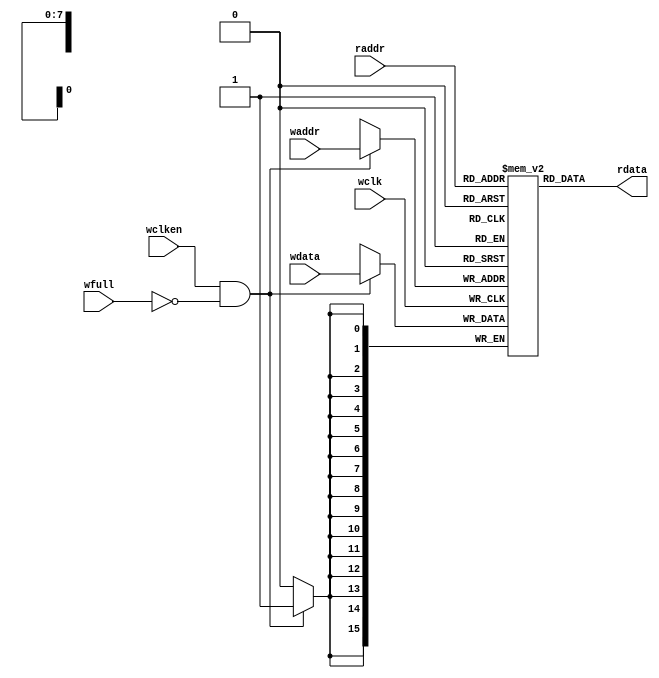
 /*                                                                      
 Copyright 2020 Bryan Lu.
                                                                         
 Licensed under the Apache License, Version 2.0 (the "License");         
 you may not use this file except in compliance with the License.        
 You may obtain a copy of the License at                                 
                                                                         
     http://www.apache.org/licenses/LICENSE-2.0                          
                                                                         
 Unless required by applicable law or agreed to in writing, software    
 distributed under the License is distributed on an "AS IS" BASIS,       
 WITHOUT WARRANTIES OR CONDITIONS OF ANY KIND, either express or implied.
 See the License for the specific language governing permissions and     
 limitations under the License.                                          
 */
 
 //----------------------------------------
 //	Authur:	Bryan Lu
 //	Description: 	
 //		
 //----------------------------------------

module fifomem #(
	parameter	DATA_WIDTH = 16,
	parameter	ADDR_SIZE = 8
)(
	//clock WR domain
	input 	[DATA_WIDTH-1:0]	wdata,
	input 	[ADDR_SIZE-1:0]		waddr,
	input						wclken,
	input						wfull,
	input						wclk,
	//clock RD domain
	input 	[ADDR_SIZE-1:0]		raddr,
	output 	[DATA_WIDTH-1:0]	rdata
);
	
	localparam	DEPTH = 1 << ADDR_SIZE;
	
	reg [DATA_WIDTH-1:0]	mem [0:DEPTH-1];
	
	//fifomem write
	always @(posedge wclk)
	begin
		if(wclken && (!wfull)) begin
			mem[waddr] <= wdata;
		end
	end
	
	//fifomem read
	assign rdata = mem[raddr];


endmodule